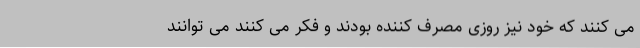
می کنند که خود نیز روزی مصرف کننده بودند و فکر می کنند می توانند